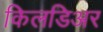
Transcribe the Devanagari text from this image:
किलडिअर